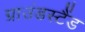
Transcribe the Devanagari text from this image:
ग्राउंडस्टैंड